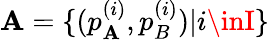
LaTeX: \mathbf{A}=\{ (p_{\mathbf{A}}^{(i)},p_{B}^{(i)})|i\inI\}